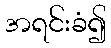
အရင်းခံ၍